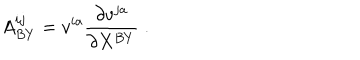
A _ { B Y } ^ { i j } = v ^ { i a } { \frac { \partial v ^ { j a } } { \partial X ^ { B Y } } } \; .